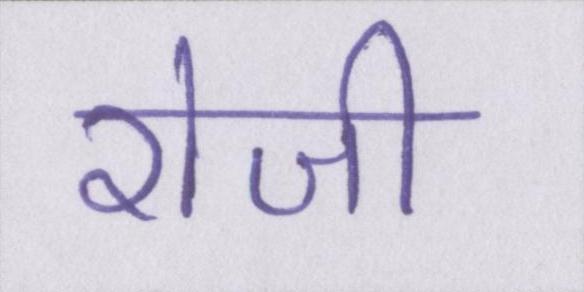
रोजी